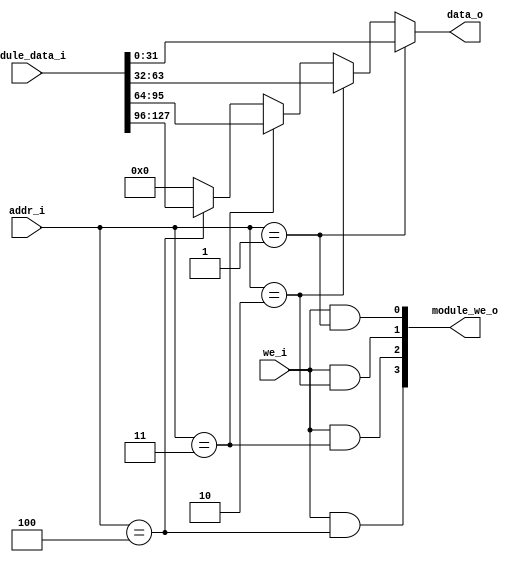
`default_nettype none

module module_control #(
    parameter N_MODULES = 8'd4
)(
    input we_i,
    input [2:0] addr_i, // The portion of the address used for module selection
    input [(N_MODULES * 32) - 1 : 0] module_data_i,
    output [31:0] data_o,
    output [N_MODULES-1:0] module_we_o
);
    assign data_o = (
        addr_i == 3'b001 ? module_data_i[31  : 0]  :
        addr_i == 3'b010 ? module_data_i[63  : 32] :
        addr_i == 3'b011 ? module_data_i[95  : 64] :
        addr_i == 3'b100 ? module_data_i[127 : 96] :
        {32{1'b0}}
    );

    assign module_we_o[0] = we_i && addr_i == 3'b001;
    assign module_we_o[1] = we_i && addr_i == 3'b010;
    assign module_we_o[2] = we_i && addr_i == 3'b011;
    assign module_we_o[3] = we_i && addr_i == 3'b100;
endmodule

`default_nettype wire